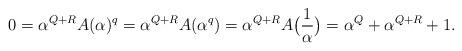
LaTeX: \begin{align*}0=\alpha^{Q+R} A(\alpha)^q = \alpha^{Q+R}A(\alpha^q) =\alpha^{Q+R}A\bigl(\frac1{\alpha}\bigr)=\alpha^Q+\alpha^{Q+R}+1.\end{align*}